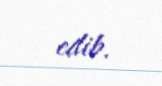
edib.